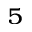
^ 5